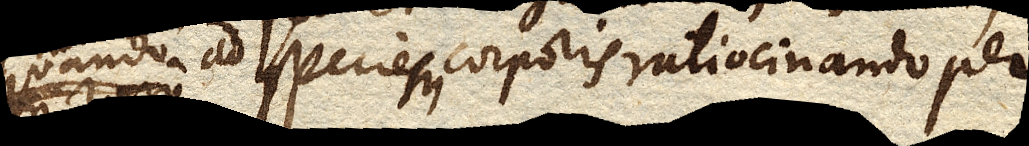
aliquando ad species speciem corporis ratiocinando per–